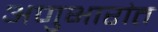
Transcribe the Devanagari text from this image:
अणुभारांत